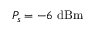
P _ { s } = - 6 ~ \mathrm { d B m }